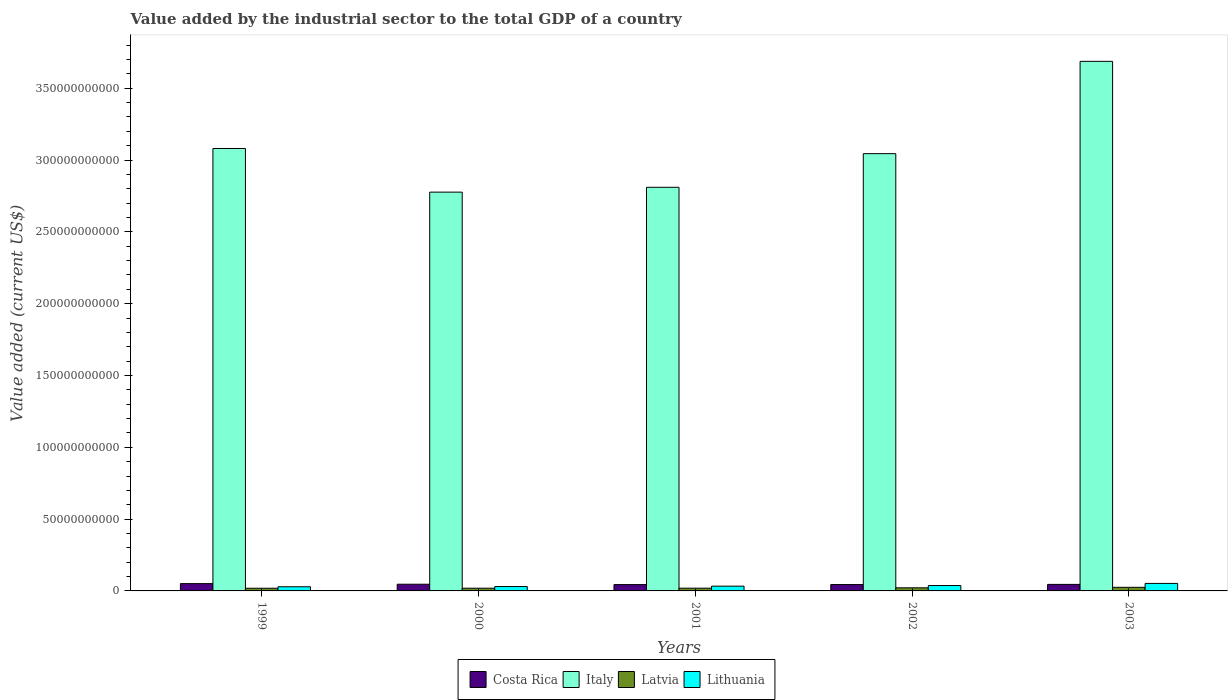
| Years | Costa Rica | Italy | Latvia | Lithuania |
 | --- | --- | --- | --- | --- |
 | 1999 | 5.08e+09 | 3.08e+11 | 1.87e+09 | 2.88e+09 |
 | 2000 | 4.66e+09 | 2.78e+11 | 1.88e+09 | 3.04e+09 |
 | 2001 | 4.41e+09 | 2.81e+11 | 1.91e+09 | 3.31e+09 |
 | 2002 | 4.43e+09 | 3.04e+11 | 2.16e+09 | 3.75e+09 |
 | 2003 | 4.55e+09 | 3.69e+11 | 2.51e+09 | 5.23e+09 |